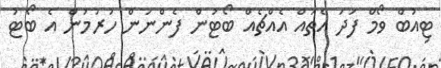
ޓިއުބް ވޯމް ފަދަ އެތައް އެއްޗެއް ބޯޓުން ފެންނަން ހުރުމުން އެ ބޯޓު